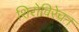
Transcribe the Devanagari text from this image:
शिरोविरेचन